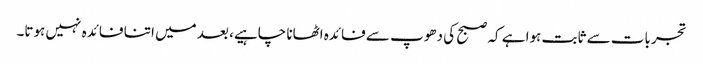
تجربات سے ثابت ہوا ہے کہ صبح کی دھوپ سے فائدہ اٹھانا چاہیے، بعد میں اتنا فائدہ نہیں ہوتا۔